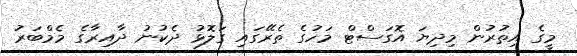
މީގެ އިތުރުން މިދިޔަ އޮގަސްޓް މަހުގެ ތެރޭގައި ގަލޮޅު ދެކުނު ދާއިރާގެ މެމްބަރު